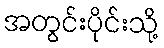
အတွင်းပိုင်းသို့